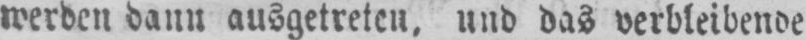
werden dann ausgetreten, und das verbleibende